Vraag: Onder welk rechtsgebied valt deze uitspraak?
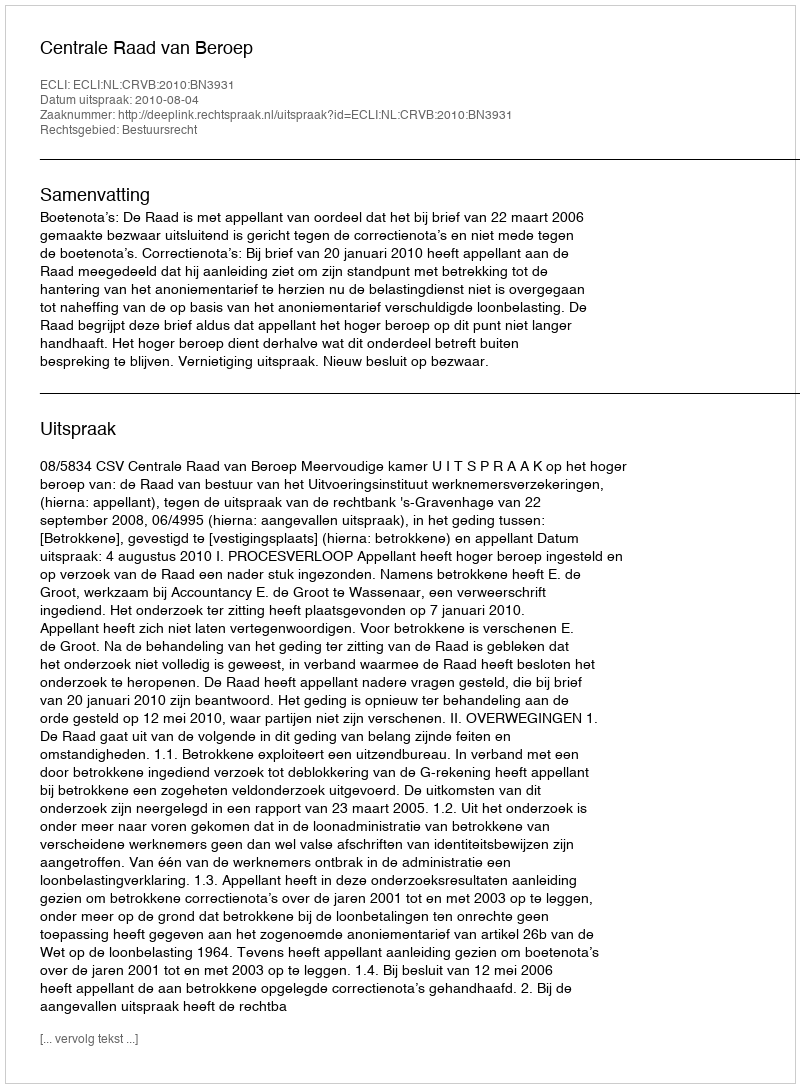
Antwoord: Bestuursrecht